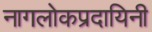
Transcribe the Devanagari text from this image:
नागलोकप्रदायिनी